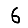
Digit: 6